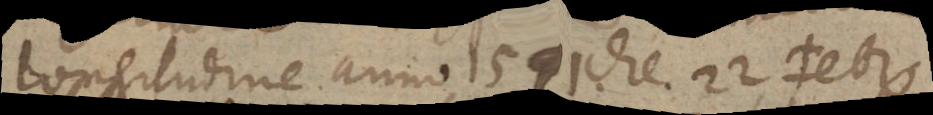
longitudine anno 1591 die 22 Febr.